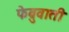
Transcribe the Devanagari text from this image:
फेब्रुवाती